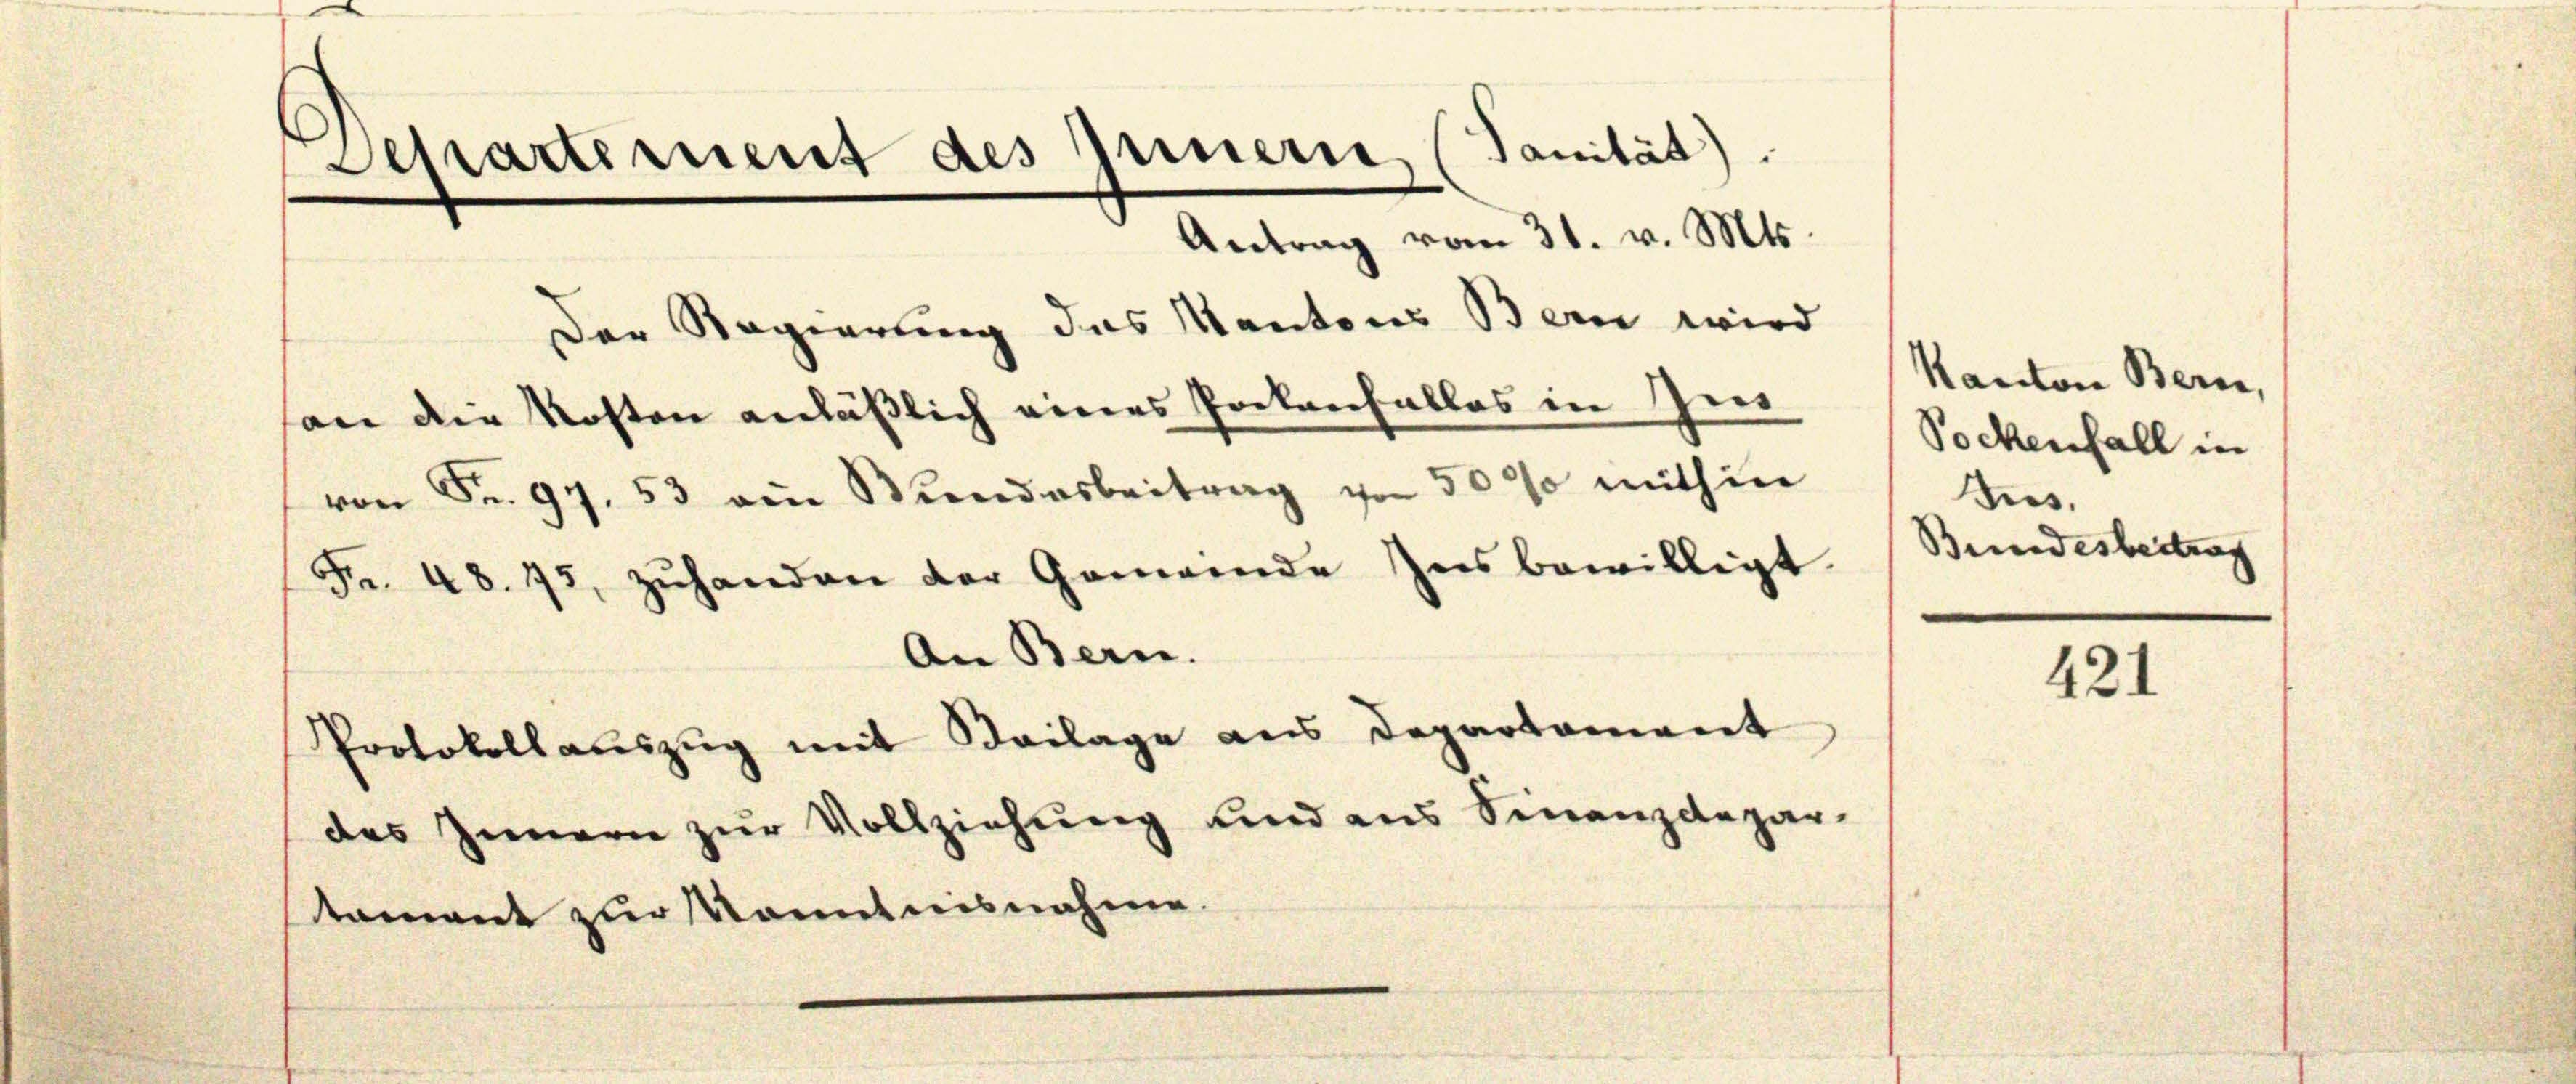
¬
des Innern, (Sanität)
d
e
.
e
Antrag vom 31. v. M.
Der Regierung das Kantons Bern wird
Kanton
en.
son die Kosten anläßlich eines Pockenfalles in In
Socken
e
von Fr. 97. 53 am Bundesbeitrag von 500 mithin
Jus.
Bundest
d
F. 48. 75, zŭhanden der Gemeinde Insbewilligt.

.

An Bern.

des Innern zŭr Vollziehŭng und ans Finanzdepar-
tament zur Kenntnisnahme.

Protokollaŭszŭg mit Beilage aus Departament

421